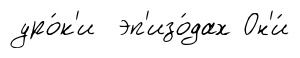
уро́к'и эп'изо́дах Он'и́